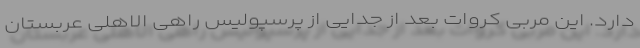
دارد. این مربی کروات بعد از جدایی از پرسپولیس راهی الاهلی عربستان